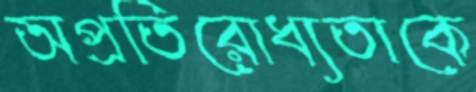
অপ্রতিরোধ্যতাকে